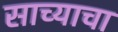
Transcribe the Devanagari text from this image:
साच्याचा